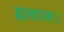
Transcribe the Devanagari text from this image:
इलाज।